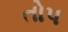
તોપ